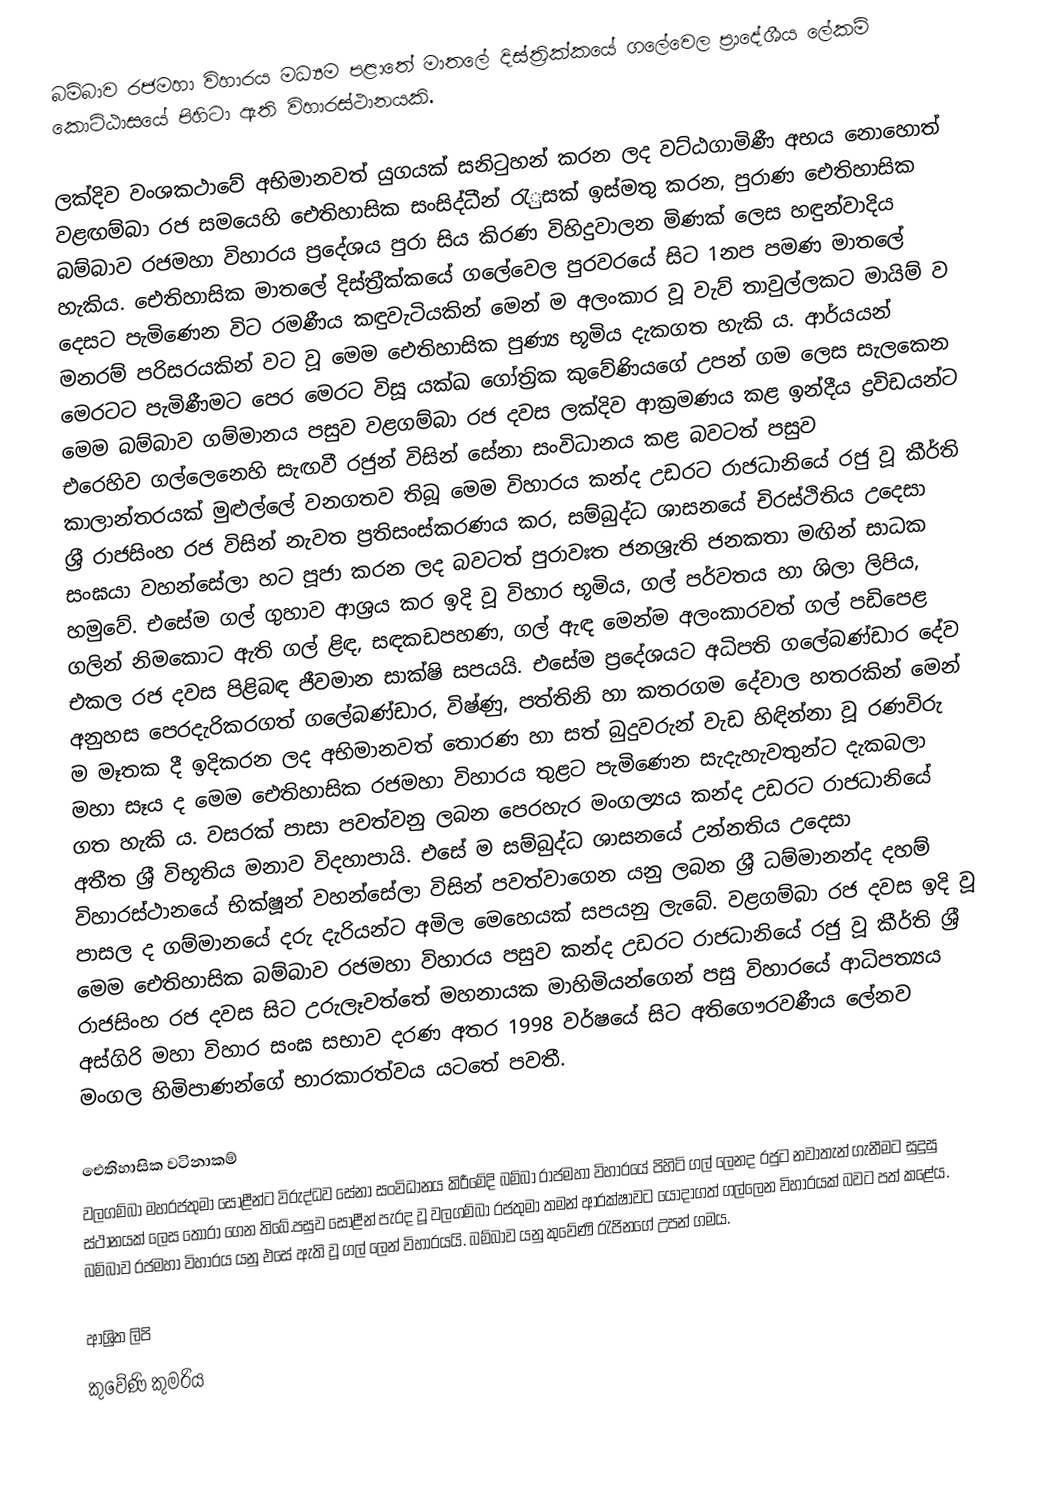
බම්බාව රජමහා විහාරය මධ්‍යම පළාතේ මාතලේ දිස්ත්‍රික්කයේ ගලේවෙල ප්‍රාදේශීය ලේකම් කොට්ඨාසයේ පිහිටා ඇති විහාරස්ථානයකි.

ලක්දිව වංශකථාවේ අභිමානවත් යුගයක් සනිටුහන් කරන ලද වට්ඨගාමිණී අභය නොහොත් වළඟම්බා රජ සමයෙහි ඓතිහාසික සංසිද්ධීන් රැුසක් ඉස්මතු කරන, පුරාණ ඓතිහාසික බම්බාව රජමහා විහාරය ප‍්‍රදේශය පුරා සිය කිරණ විහිදුවාලන මිණක් ලෙස හඳුන්වාදිය හැකිය. ඓතිහාසික මාතලේ දිස්ත‍්‍රීක්කයේ ගලේවෙල පුරවරයේ සිට 1නප පමණ මාතලේ දෙසට පැමිණෙන විට රමණීය කඳුවැටියකින් මෙන් ම අලංකාර වූ වැව් තාවුල්ලකට මායිම් ව මනරම් පරිසරයකින් වට වූ මෙම ඓතිහාසික පුණ්‍ය භූමිය දැකගත හැකි ය. ආර්යයන් මෙරටට පැමිණීමට පෙර මෙරට විසූ යක්ඛ ගෝත‍්‍රික කුවේණියගේ උපන් ගම ලෙස සැලකෙන මෙම බම්බාව ගම්මානය පසුව වළගම්බා රජ දවස ලක්දිව ආක‍්‍රමණය කළ ඉන්දීය ද්‍රවිඩයන්ට එරෙහිව ගල්ලෙනෙහි සැඟවී රජුන් විසින් සේනා සංවිධානය කළ බවටත් පසුව කාලාන්තරයක් මුළුල්ලේ වනගතව තිබූ මෙම විහාරය කන්ද උඩරට රාජධානියේ රජු වූ කීර්ති ශ‍්‍රී රාජසිංහ රජ විසින් නැවත ප‍්‍රතිසංස්කරණය කර, සම්බුද්ධ ශාසනයේ චිරස්ථිතිය උදෙසා සංඝයා වහන්සේලා හට පූජා කරන ලද බවටත් පුරාවඃත ජනශ‍්‍රැති ජනකතා මඟින් සාධක හමුවේ. එසේම ගල් ගුහාව ආශ‍්‍රය කර ඉදි වූ විහාර භූමිය, ගල් පර්වතය හා ශිලා ලිපිය, ගලින් නිමකොට ඇති ගල් ළිඳ, සඳකඩපහණ, ගල් ඇඳ මෙන්ම අලංකාරවත් ගල් පඩිපෙළ එකල රජ දවස පිළිබඳ ජීවමාන සාක්ෂි සපයයි. එසේම ප‍්‍රදේශයට අධිපති ගලේබණ්ඩාර දේව අනුහස පෙරදැරිකරගත් ගලේබණ්ඩාර, විෂ්ණු, පත්තිනි හා කතරගම දේවාල හතරකින් මෙන් ම මෑතක දී ඉදිකරන ලද අභිමානවත් තොරණ හා සත් බුදුවරුන් වැඩ හිඳින්නා වූ රණවිරු මහා සෑය ද මෙම ඓතිහාසික රජමහා විහාරය තුළට පැමිණෙන සැදැහැවතුන්ට දැකබලා ගත හැකි ය. වසරක් පාසා පවත්වනු ලබන පෙරහැර මංගල්‍යය කන්ද උඩරට රාජධානියේ අතීත ශ‍්‍රී විභූතිය මනාව විදහාපායි. එසේ ම සම්බුද්ධ ශාසනයේ උන්නතිය උදෙසා විහාරස්ථානයේ භික්ෂූන් වහන්සේලා විසින් පවත්වාගෙන යනු ලබන ශ‍්‍රී ධම්මානන්ද දහම් පාසල ද ගම්මානයේ දරු දැරියන්ට අමිල මෙහෙයක් සපයනු ලැබේ. වළගම්බා රජ දවස ඉදි වූ මෙම ඓතිහාසික බම්බාව රජමහා විහාරය පසුව කන්ද උඩරට රාජධානියේ රජු වූ කීර්ති ශ‍්‍රී රාජසිංහ රජ දවස සිට උරුලෑවත්තේ මහනායක මාහිමියන්ගෙන් පසු විහාරයේ ආධිපත්‍යය අස්ගිරි මහා විහාර සංඝ සභාව දරණ අතර 1998 වර්ෂයේ සිට අතිගෞරවණීය ලේනව මංගල හිමිපාණන්ගේ භාරකාරත්වය යටතේ පවතී.

ඓතිහාසික වටිනාකම්
වලගම්බා මහරජතුමා සොළීන්ට විරුද්ධව සේනා සංවිධානය කිරීමේදි බම්බා රාජමහා විහාරයේ පිහිටි ගල් ලෙනද රජුට නවාතැන් ගැනීමට සුදුසු ස්ථානයක් ලෙස තෝරා ගෙන තිබේ.පසුව සොළීන් පැරද වූ වලගම්බා රජතුමා තමන් ආරක්ෂාවට යොදාගත් ගල්ලෙන විහාරයක් බවට පත් කළේය. බම්බාව රජමහා විහාරය යනු එසේ ඇති වූ ගල් ලෙන් විහාරයයි. බම්බාව යනු කුවේණි රැජිනගේ උපන් ගමය.

ආශ්‍රිත ලිපි
 කුවේණි කුමරිය